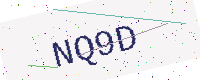
Text: NQ9D